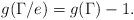
LaTeX: \begin{align*} g(\Gamma/e) = g(\Gamma)-1.\end{align*}